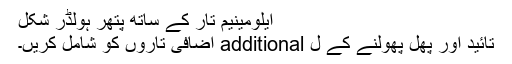
ایلومینیم تار کے ساتھ پتھر ہولڈر شکل
تائید اور پھل پھولنے کے ل additional اضافی تاروں کو شامل کریں۔